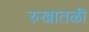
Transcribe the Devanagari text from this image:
रुखातळी